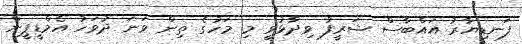
ފަނޑިޔާރު އައްބާސް ޝަރީފު ވިދާޅުވީ މި މަހުގެ ތިން ވަނަ ދުވަހު އެމްޑީޕީން